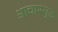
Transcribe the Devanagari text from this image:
आचारयुक्त